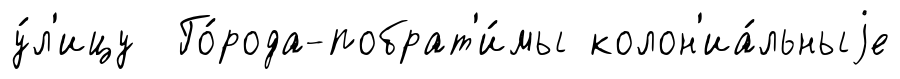
у́л'ицу Го́рода-побрат'и́мы колон'иа́льныjе